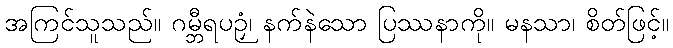
အကြင်သူသည်။ ဂမ္ဘီရပဉှံ၊ နက်နဲသော ပြဿနာကို။ မနသာ၊ စိတ်ဖြင့်။